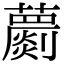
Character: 蘮